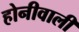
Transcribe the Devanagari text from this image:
होनीवाली